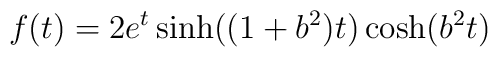
f(t)=2e^t\sinh ((1+b^2)t)\cosh (b^2t)